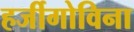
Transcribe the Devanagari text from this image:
हर्जीगोविना